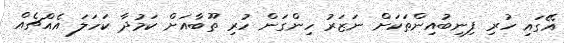
އޭގައި ހުރި ފިނިބުއިންތަކަށް ނަޒަރު ހިންގަން ހުރި ތޫބާއަށް ކަމުދާ ކަހަލަ އެއްޗެއް